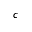
c